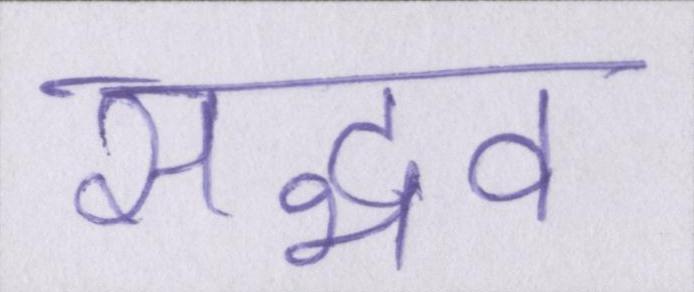
सद्भव